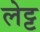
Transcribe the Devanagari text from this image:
लेट्ट